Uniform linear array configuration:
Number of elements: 64
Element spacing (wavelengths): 0.25
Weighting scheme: binomial
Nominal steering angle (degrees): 30
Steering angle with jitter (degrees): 29.218
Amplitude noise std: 0.05
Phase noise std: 0.05

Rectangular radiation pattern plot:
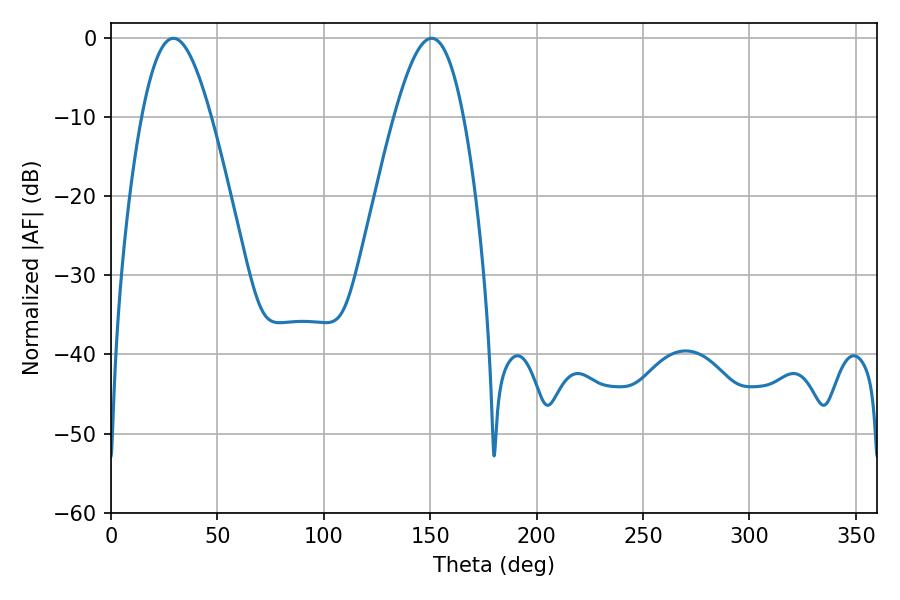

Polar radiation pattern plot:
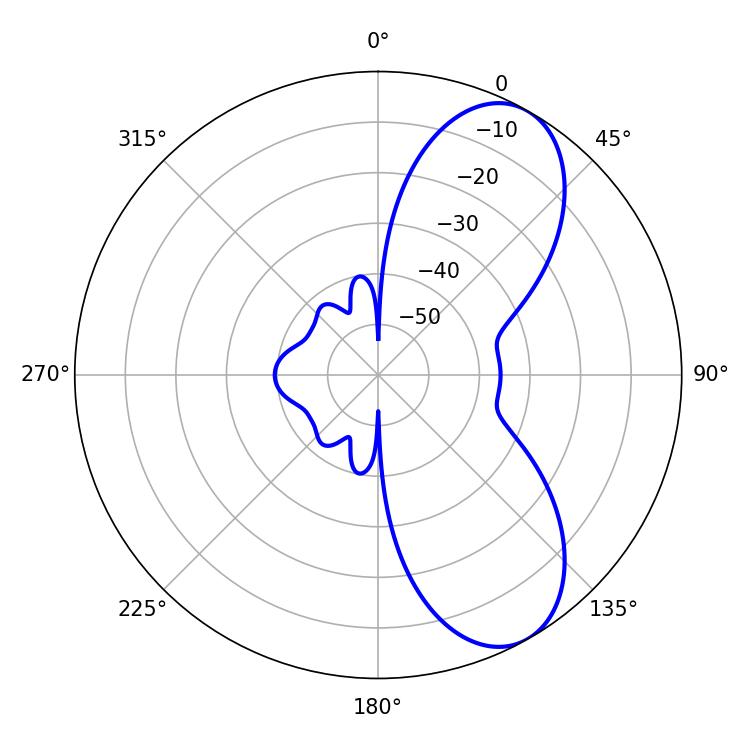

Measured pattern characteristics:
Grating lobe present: FALSE
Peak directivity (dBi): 7.79
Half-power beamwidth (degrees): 17.64
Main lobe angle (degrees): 29.34